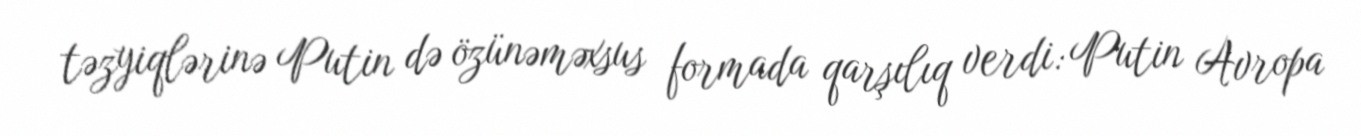
təzyiqlərinə Putin də özünəməxsus formada qarşılıq verdi: Putin Avropa